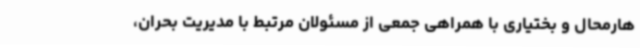
هارمحال و بختیاری با همراهی جمعی از مسئولان مرتبط با مدیریت بحران،